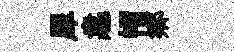
犀恚㡌鄕